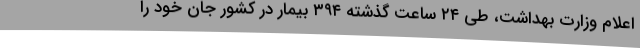
اعلام وزارت بهداشت، طی ۲۴ ساعت گذشته ۳۹۴ بیمار در کشور جان خود را